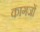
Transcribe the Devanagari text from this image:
कागजाें